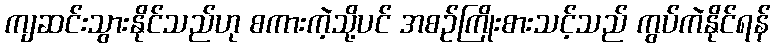
ကျဆင်းသွားနိုင်သည်ဟု စကားကဲ့သို့ပင် အစဉ်ကြိုးစားသင့်သည် ကွပ်ကဲနိုင်ရန်